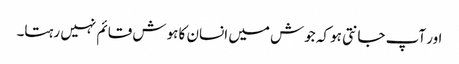
اور آپ جانتی ہو کہ جوش میں انسان کا ہوش قائم نہیں رہتا۔